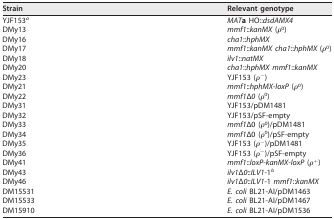
| Strain | Relevant genotype |
 | --- | --- |
 | YJF153a | MATa HO::dsdAMX4 |
 | DMy13 | mmf1::kanMX (ρ0) |
 | DMy16 | cha1::hphMX |
 | DMy17 | mmf1::kanMX cha1::hphMX (ρ0) |
 | DMy18 | ilv1::natMX |
 | DMy20 | cha1::hphMX mmf1::kanMX |
 | DMy23 | YJF153 (ρ−) |
 | DMy21 | mmf1::hphMX-loxP (ρ0) |
 | DMy22 | mmf1Δ0 (ρ0) |
 | DMy31 | YJF153/pDM1481 |
 | DMy32 | YJF153/pSF-empty |
 | DMy33 | mmf1Δ0 (ρ0)/pDM1481 |
 | DMy34 | mmf1Δ0 (ρ0)/pSF-empty |
 | DMy35 | YJF153 (ρ−)/pDM1481 |
 | DMy36 | YJF153 (ρ−)/pSF-empty |
 | DMy41 | mmf1::loxP-kanMX-loxP (ρ+) |
 | DMy43 | ilv1Δ0::ILV1-1b |
 | DMy46 | ilv1Δ0::ILV1-1 mmf1::kanMX |
 | DM15531 | E. coli BL21-AI/pDM1463 |
 | DM15533 | E. coli BL21-AI/pDM1467 |
 | DM15910 | E. coli BL21-AI/pDM1536 |